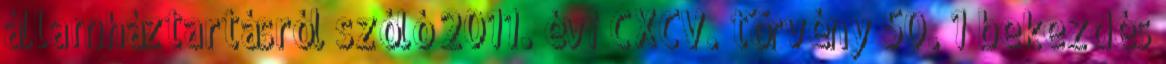
államháztartásról szóló 2011. évi CXCV. törvény 50. 1 bekezdés